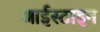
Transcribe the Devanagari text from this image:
आईस्टाइन